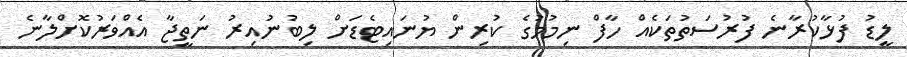
ލީޑު ފުޅާކުރާނެ ފުރުސަތުތަކެއް ހާފް ނިމުމުގެ ކުރިން ޔުނައިޓެޑަށް ލިބުނުއިރު ނަތީޖާ އެއްވަރުކޮށްލާނެ